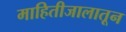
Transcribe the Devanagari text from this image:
माहितीजालातून